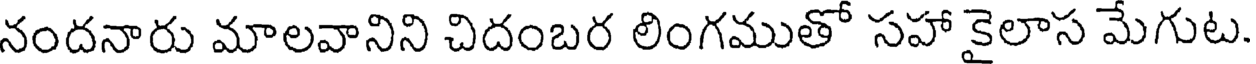
నందనారు మాలవానిని చిదంబర లింగముతో సహా కైలాస మేగుట